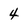
Character: 4